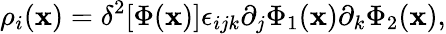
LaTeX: \rho_{i}({\mathbf x})=\delta^{2}[\Phi({\mathbf x})]\epsilon_{ijk}\partial_{j}\Phi_{1}({\mathbf x})\partial_{k}\Phi_{2}({\mathbf x}),